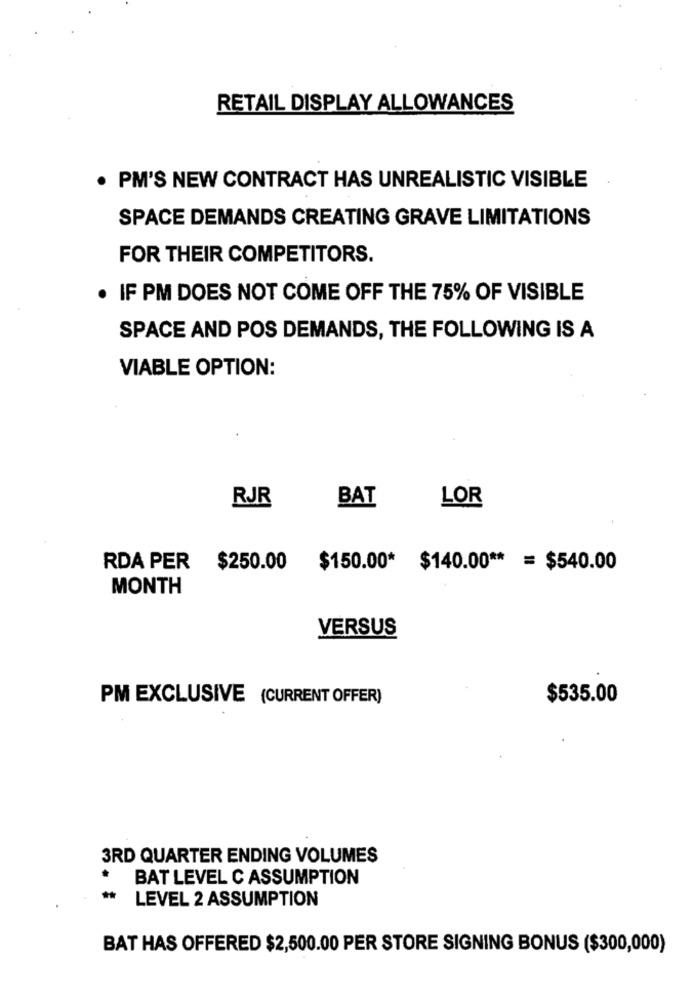
RETAIL DISPLAY ALLOWANCES
. PM'S NEW CONTRACT HAS UNREALISTIC VISIBLE
SPACE DEMANDS CREATING GRAVE LIMITATIONS
FOR THEIR COMPETITORS.
. IF PM DOES NOT COME OFF THE 75% OF VISIBLE
SPACE AND POS DEMANDS, THE FOLLOWING IS A
VIABLE OPTION:
RJR
BAT
LOR
RDA PER $250.00 $150.00* $140.00 ** = $540.00
MONTH
VERSUS
PM EXCLUSIVE (CURRENT OFFER)
$535.00
3RD QUARTER ENDING VOLUMES
BAT LEVEL C ASSUMPTION
LEVEL 2 ASSUMPTION
BAT HAS OFFERED $2,500.00 PER STORE SIGNING BONUS ($300,000)